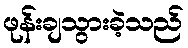
ဖုန်းချသွားခဲ့သည်